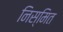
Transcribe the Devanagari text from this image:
निस्मित